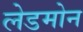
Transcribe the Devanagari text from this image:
लेडमोन